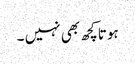
ہوتا کچھ بھی نہیں ۔